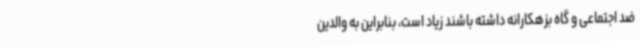
ضد اجتماعی و گاه بزهکارانه داشته باشند زیاد است، بنابراین به والدین